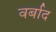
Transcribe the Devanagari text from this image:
वर्बाद